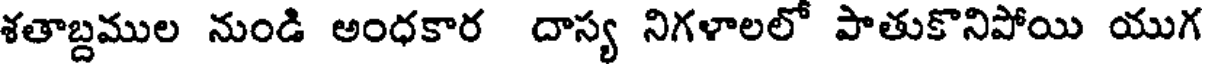
శతాబ్దముల నుండి అంధకార దాస్య నిగళాలలో పాతుకొనిపోయి యుగ